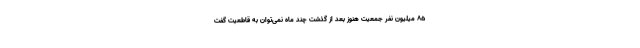
۸۵ میلیون نفر جمعیت هنوز بعد از گذشت چند ماه نمی‌توان به قاطعیت گفت